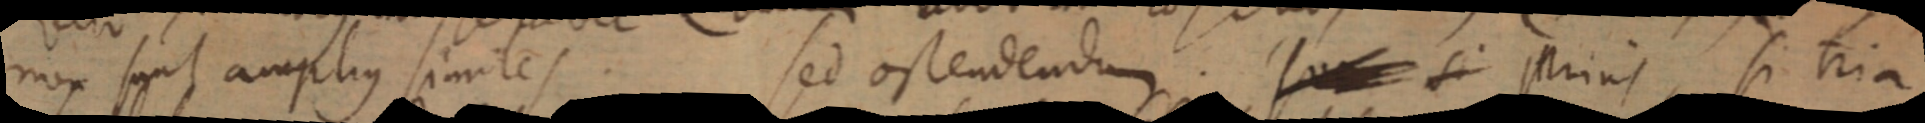
non sunt amplius similes. Sed ostendendum. so _ si Prius si tria